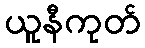
ယူနီကုတ်